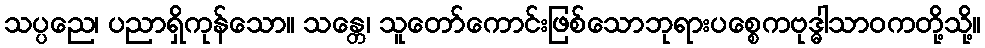
သပ္ပညေ၊ ပညာရှိကုန်သော။ သန္တေ၊ သူတော်ကောင်းဖြစ်သောဘုရားပစ္စေကဗုဒ္ဓါသာဝကတို့သို့။